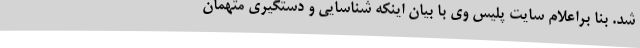
شد. بنا براعلام سایت پلیس وی با بیان اینکه شناسایی و دستگیری متهمان